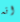
انه